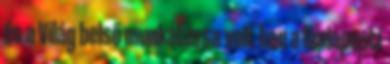
és a Világ belső munkatársa volt ban a Budapesti